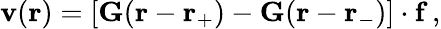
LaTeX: \begin{array}{r}{\mathbf{v}(\mathbf{r})=\left[\mathbf{G}(\mathbf{r}-\mathbf{r}_{+})-\mathbf{G}(\mathbf{r}-\mathbf{r}_{-})\right]\cdot\mathbf{f}\, ,}\end{array}